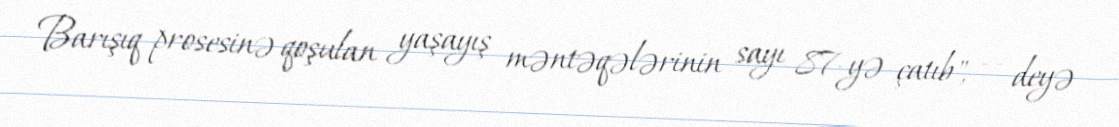
Barışıq prosesinə qoşulan yaşayış məntəqələrinin sayı 87-yə çatıb", — deyə